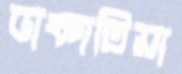
ডাকাতিয়া